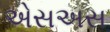
એસઅસ